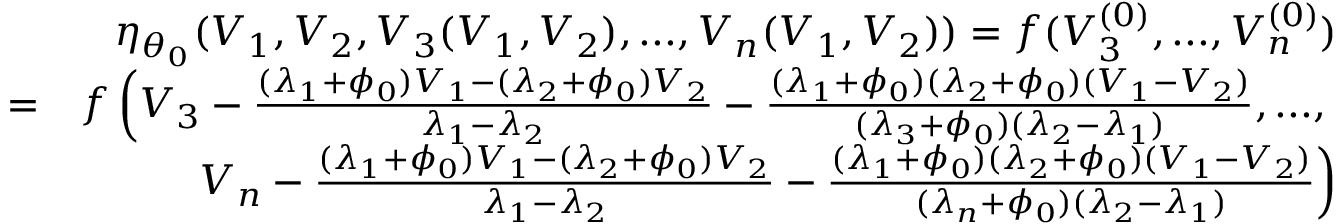
\begin{array} { r l r } & { } & { \eta _ { \theta _ { 0 } } ( V _ { 1 } , V _ { 2 } , V _ { 3 } ( V _ { 1 } , V _ { 2 } ) , . . . , V _ { n } ( V _ { 1 } , V _ { 2 } ) ) = f ( V _ { 3 } ^ { ( 0 ) } , . . . , V _ { n } ^ { ( 0 ) } ) } \\ & { = } & { f \left( V _ { 3 } - \frac { ( \lambda _ { 1 } + \phi _ { 0 } ) V _ { 1 } - ( \lambda _ { 2 } + \phi _ { 0 } ) V _ { 2 } } { \lambda _ { 1 } - \lambda _ { 2 } } - \frac { ( \lambda _ { 1 } + \phi _ { 0 } ) ( \lambda _ { 2 } + \phi _ { 0 } ) ( V _ { 1 } - V _ { 2 } ) } { ( \lambda _ { 3 } + \phi _ { 0 } ) ( \lambda _ { 2 } - \lambda _ { 1 } ) } , . . . , \right. } \\ & { } & { \left. V _ { n } - \frac { ( \lambda _ { 1 } + \phi _ { 0 } ) V _ { 1 } - ( \lambda _ { 2 } + \phi _ { 0 } ) V _ { 2 } } { \lambda _ { 1 } - \lambda _ { 2 } } - \frac { ( \lambda _ { 1 } + \phi _ { 0 } ) ( \lambda _ { 2 } + \phi _ { 0 } ) ( V _ { 1 } - V _ { 2 } ) } { ( \lambda _ { n } + \phi _ { 0 } ) ( \lambda _ { 2 } - \lambda _ { 1 } ) } \right) } \end{array}